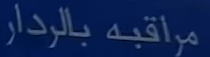
مراقبه بالرادار